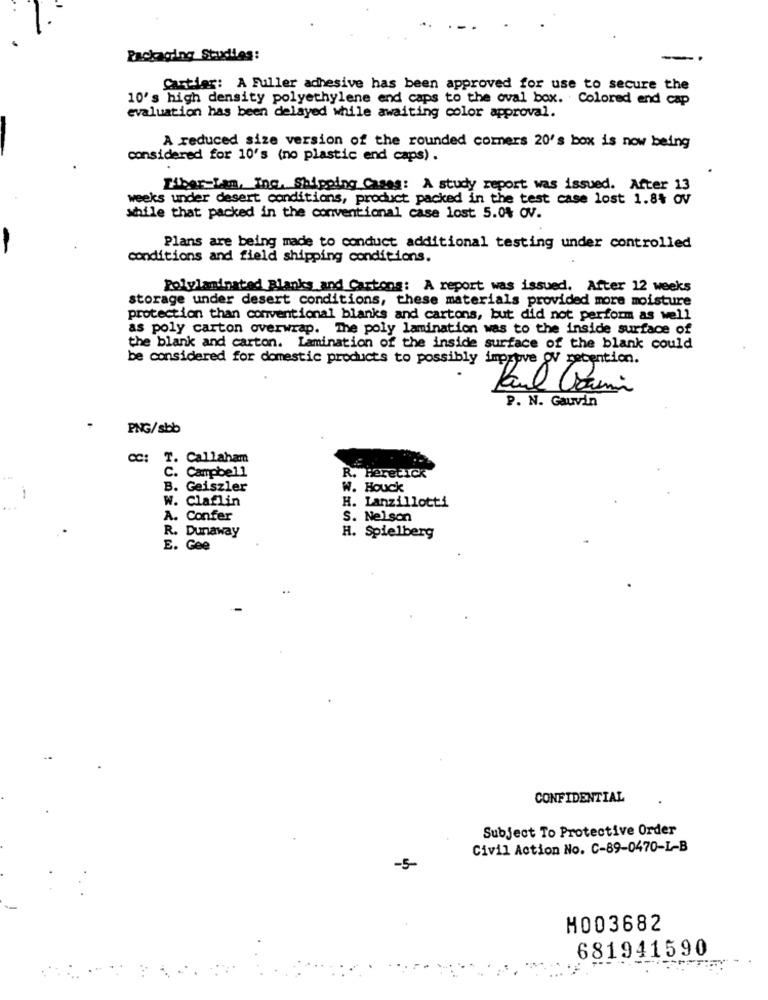
Packaging Studies:
-
Cartier: A Fuller adhesive has been approved for use to secure the
10's high density polyethylene end caps to the oval box. Colored end cap
evaluation has been delayed while awaiting color approval.
A reduced size version of the rounded corners 20's box is now being
considered for 10's (no plastic end caps).
Tiber Ian, Inc. Shipping Cases: A study report was issued. After 13
weeks under desert conditions, product packed in the test case lost 1.84 OV
while that packed in the conventional case lost 5.0% OV.
Plans are being made to conduct additional testing under controlled
conditions and field shipping conditions.
Polylaminated Blanks and Cartons: A report was issued. After 12 weeks
storage under desert conditions, these materials provided more moisture
protection than conventional blanks and cartons, but did not perform as well
as poly carton overwrap. The poly lamination was to the inside surface of
the blank and carton. Lamination of the inside surface of the blank could
be considered for domestic products to possibly improve ov retention.
Paul Garmin
P. N. Gauvin
PNG/sbb
T. Callaham
C. Campbell
R. Heretick
B. Geiszler
W. Houck
W. Claflin
H. Lanzillotti
A. Confer
S. Nelson
R. Dunaway
H. Spielberg
E. Gee
CONFIDENTIAL
Subject To Protective Order
Civil Action No. C-89-0470-L-B
-5
H003682
681941590